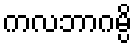
ကလဘာဂမ္ပိ